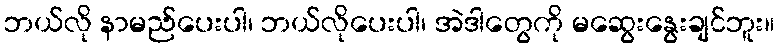
ဘယ်လို နာမည်ပေးပါ၊ ဘယ်လိုပေးပါ၊ အဲဒါတွေကို မဆွေးနွေးချင်ဘူး။